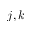
j , k